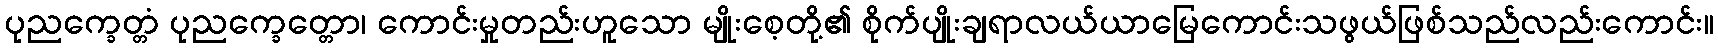
ပုညက္ခေတ္တံ ပုညက္ခေတ္တော၊ ကောင်းမှုတည်းဟူသော မျိုးစေ့တို့၏ စိုက်ပျိုးချရာလယ်ယာမြေကောင်းသဖွယ်ဖြစ်သည်လည်းကောင်း။